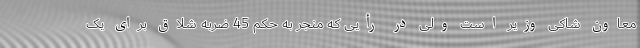
معاون شاکی وزیر است ولی در رأیی که منجر به حکم 45 ضربه شلاق برای یک